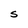
Character: S